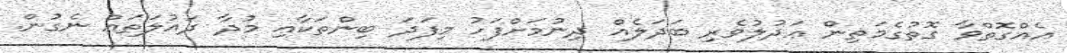
އެއްގޮތްވާ ގޮތުގެމަތިން ޢަދުލުވެރި ބަދަލެއް ދިނުމަށްފަހު މިފަދަ ބިންތަކާއި މުދާ ދައުލަތައް ނެގުން.